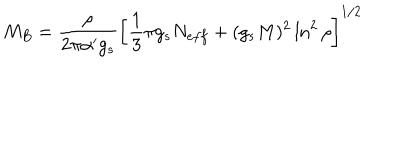
M _ { B } = \frac { \rho } { 2 \pi \alpha ^ { \prime } g _ { s } } \left[ \frac { 1 } { 3 } \pi g _ { s } N _ { e f f } + ( g _ { s } M ) ^ { 2 } \ln ^ { 2 } \rho \right] ^ { 1 / 2 }